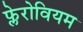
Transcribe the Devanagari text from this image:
फ्लेरोवियम